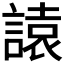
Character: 𧫁